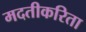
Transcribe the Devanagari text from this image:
मदतीकरिता